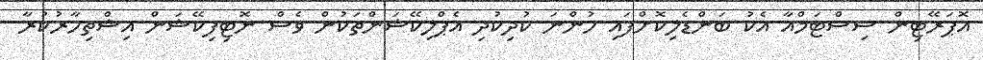
އޮޕަރޭޓިން ސިސްޓަމްއާ އެކު ބަންޑެލިކޮށްފައި ހުންނަ ކުދިކުދި އެޕްލިކޭޝަންތަކުން ވެސް ނޮޓިފިކޭޝަން އިޝްތިހާރުކުރާ